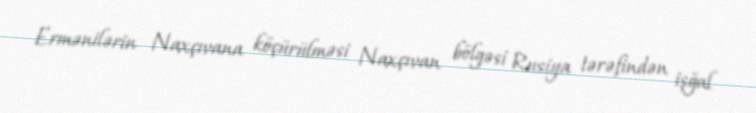
Ermənilərin Naxçıvana köçürülməsi Naxçıvan bölgəsi Rusiya tərəfindən işğal